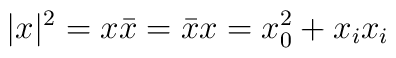
|x|^{2}=x \bar{x}=\bar{x}x=x_{0}^{2} + x_{i}x_{i}